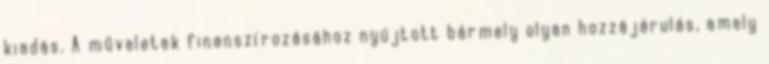
kiadás. A műveletek finanszírozásához nyújtott bármely olyan hozzájárulás, amely